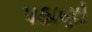
પઠાણો